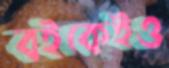
বইকেইও